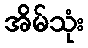
အိမ်သုံး